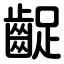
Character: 齪